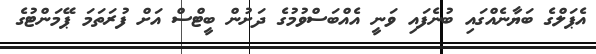
އެޕަލްގެ ބަޔާނެއްގައި ބުނެފައި ވަނީ އެއްބަސްވުމުގެ ދަށުން ބީޓްސް އަށް ފުރަތަމަ ޕޭމަންޓުގެ